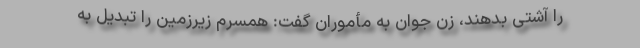
را آشتی بدهند، زن جوان به مأموران گفت: همسرم زیرزمین را تبدیل به